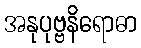
အနုပုဗ္ဗနိရောဓာ